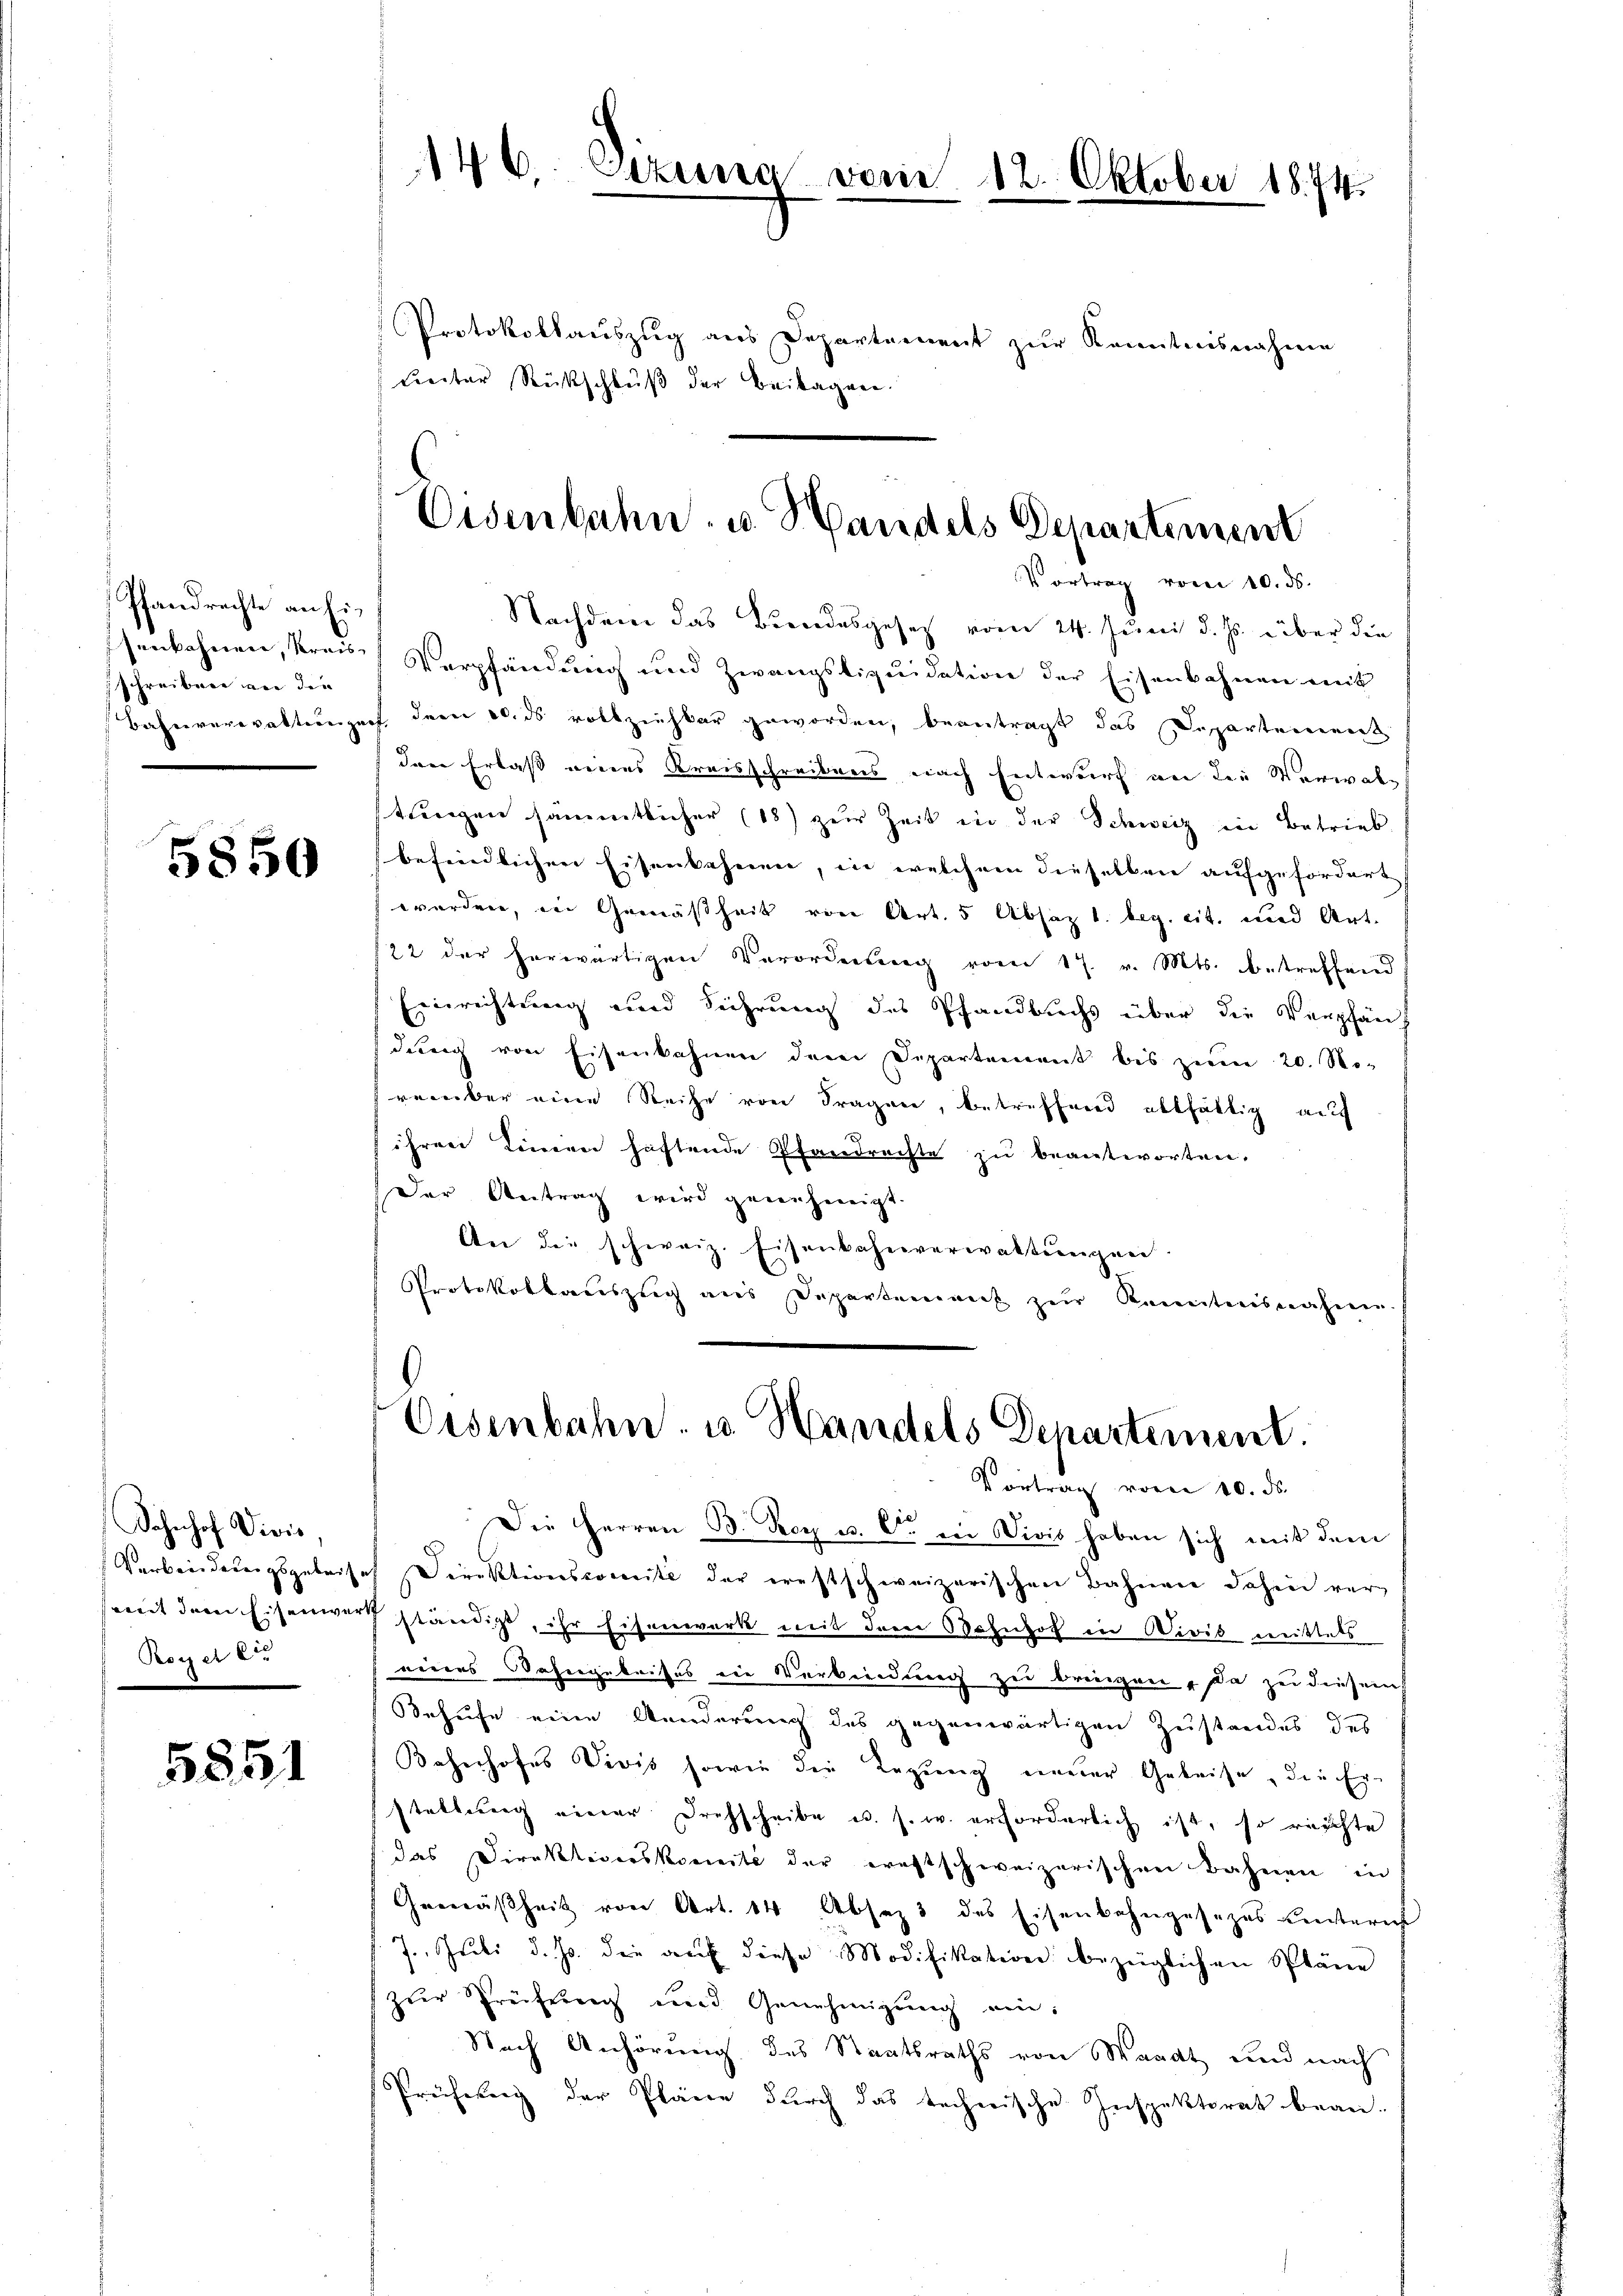
Pfandrechte an Eischreiben an die

5850

Sahnhof Divis,
Verbinderungsgebiet
mit dem Eisenwer
Reiser

5851

146 sezung vom 12. Oktober 1874.

Protokollauszug aus Departement zur Kenntnisnahme
Freiter Rückschluß der Beilagen.

Eisenbahn u. Handels Departement
Vortrag vom 10. ds.

Nachdem das Bundesgesetz vom 24. Juni d. Js. über die
senbahnen, krais, Verpfändung und Zwangstiquidation der Eisenbahnen mit
Bahnverwaltungen, dem 20. ds vollziehbar geworden, beantragt das Departement
den Erlaß eines Kreisschreibens nach Entwurf an die Verwalstrengen sämmtlicher (18) zur Zeit in der Schweiz in Betrieb
befindlichen Eisenbahnen, in welchem dieselben aufgefordert
werden, in Gemäßheit von Art. 5 Absaz 1. beg. cit. und Art.
/22 der herwärtigen Verordnung vom 17. v. Mts. betreffend
Einrichtung und Führung des Pfandbuchs über die Verpfän
dung von Eisenkahnen dem Departement bis zum 20. No-
verüber eine Reihe von Fragen, betreffend althältig auf
ihren Linien haftende Pfandrachte zu beantworten,
Der Antrag wird genehmigt
An die schweiz. Eisenbahnverwaltungen.
Protokollauszug aus Departement zur Kenntnisnahme

Oisenbahn u Handels Departement.
Vortrag von 10. ds.

Die Herren B. Roy u. Co. in Divis haben sich mit dem
 Direktionscomite der ernstschweizerischen Bahnen dahin ver-
N
ständigt, ihr Eisenwerk mit dem Bahnhof in Divis mittels
eines Wohngeleises die Verkündung zu bringen, da zu diesem
Behufe eine Aenderung des gegenwärtigen Zustandes des
Bahnhofes Vivis sowie die Regung neuer Geleise die Er-
stellung einer Drehscheibe u. s. w. erforderlich ist, so reichte
das Direktiverskomite der ernstschweizerischen Bahnen in
Gemäßheit von Art. 14 Absaz 3 des Eisenbahngesezes Einsteri
7. Juli d. Js. die aŭf diese Modifikation bezüglichen Spläne
zur Prüferenz und Genehmigŭng ei¬
Nach Anhörung des Staatsraths von Waadt und nach
Prüfung der Pläne durch das technische Inspektorat bean-